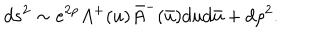
d s ^ { 2 } \sim e ^ { 2 \rho } A ^ { + } ( u ) \bar { A } ^ { - } ( \bar { u } ) d u d \bar { u } + d \rho ^ { 2 } .